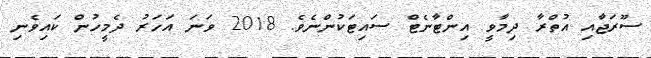
ސޫރަޖާއި އުތްރާ ދިމާވީ އިންޓާނެޓް ސައިޓަކުންނެވެ. 2018 ވަނަ އަހަރު ދެމީހުން ކައިވެނި